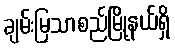
ချမ်းမြသာစည်မြို့နယ်ရှိ